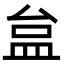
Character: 𥁐